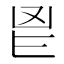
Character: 𮫖